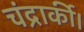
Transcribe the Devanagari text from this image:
चंद्रार्की।